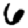
Digit: 6